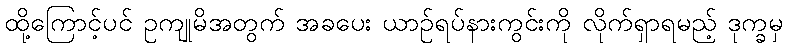
ထို့ကြောင့်ပင် ဥကျုမိအတွက် အခပေး ယာဉ်ရပ်နားကွင်းကို လိုက်ရှာရမည့် ဒုက္ခမှ